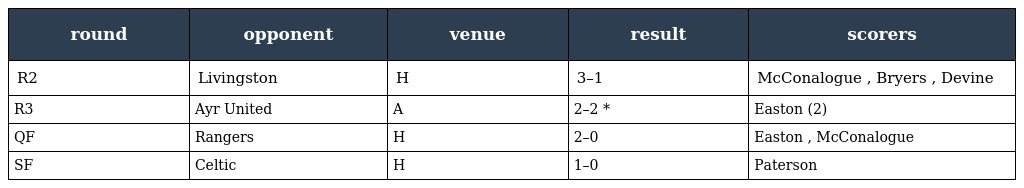
| round | opponent | venue | result | scorers |
 | --- | --- | --- | --- | --- |
 | R2 | Livingston | H | 3–1 | McConalogue , Bryers , Devine |
 | R3 | Ayr United | A | 2–2 * | Easton (2) |
 | QF | Rangers | H | 2–0 | Easton , McConalogue |
 | SF | Celtic | H | 1–0 | Paterson |